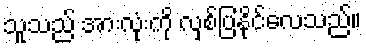
သူသည် အားလုံးကို လှစ်ပြနိုင်လေသည်။